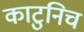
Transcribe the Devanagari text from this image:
काटुनिच